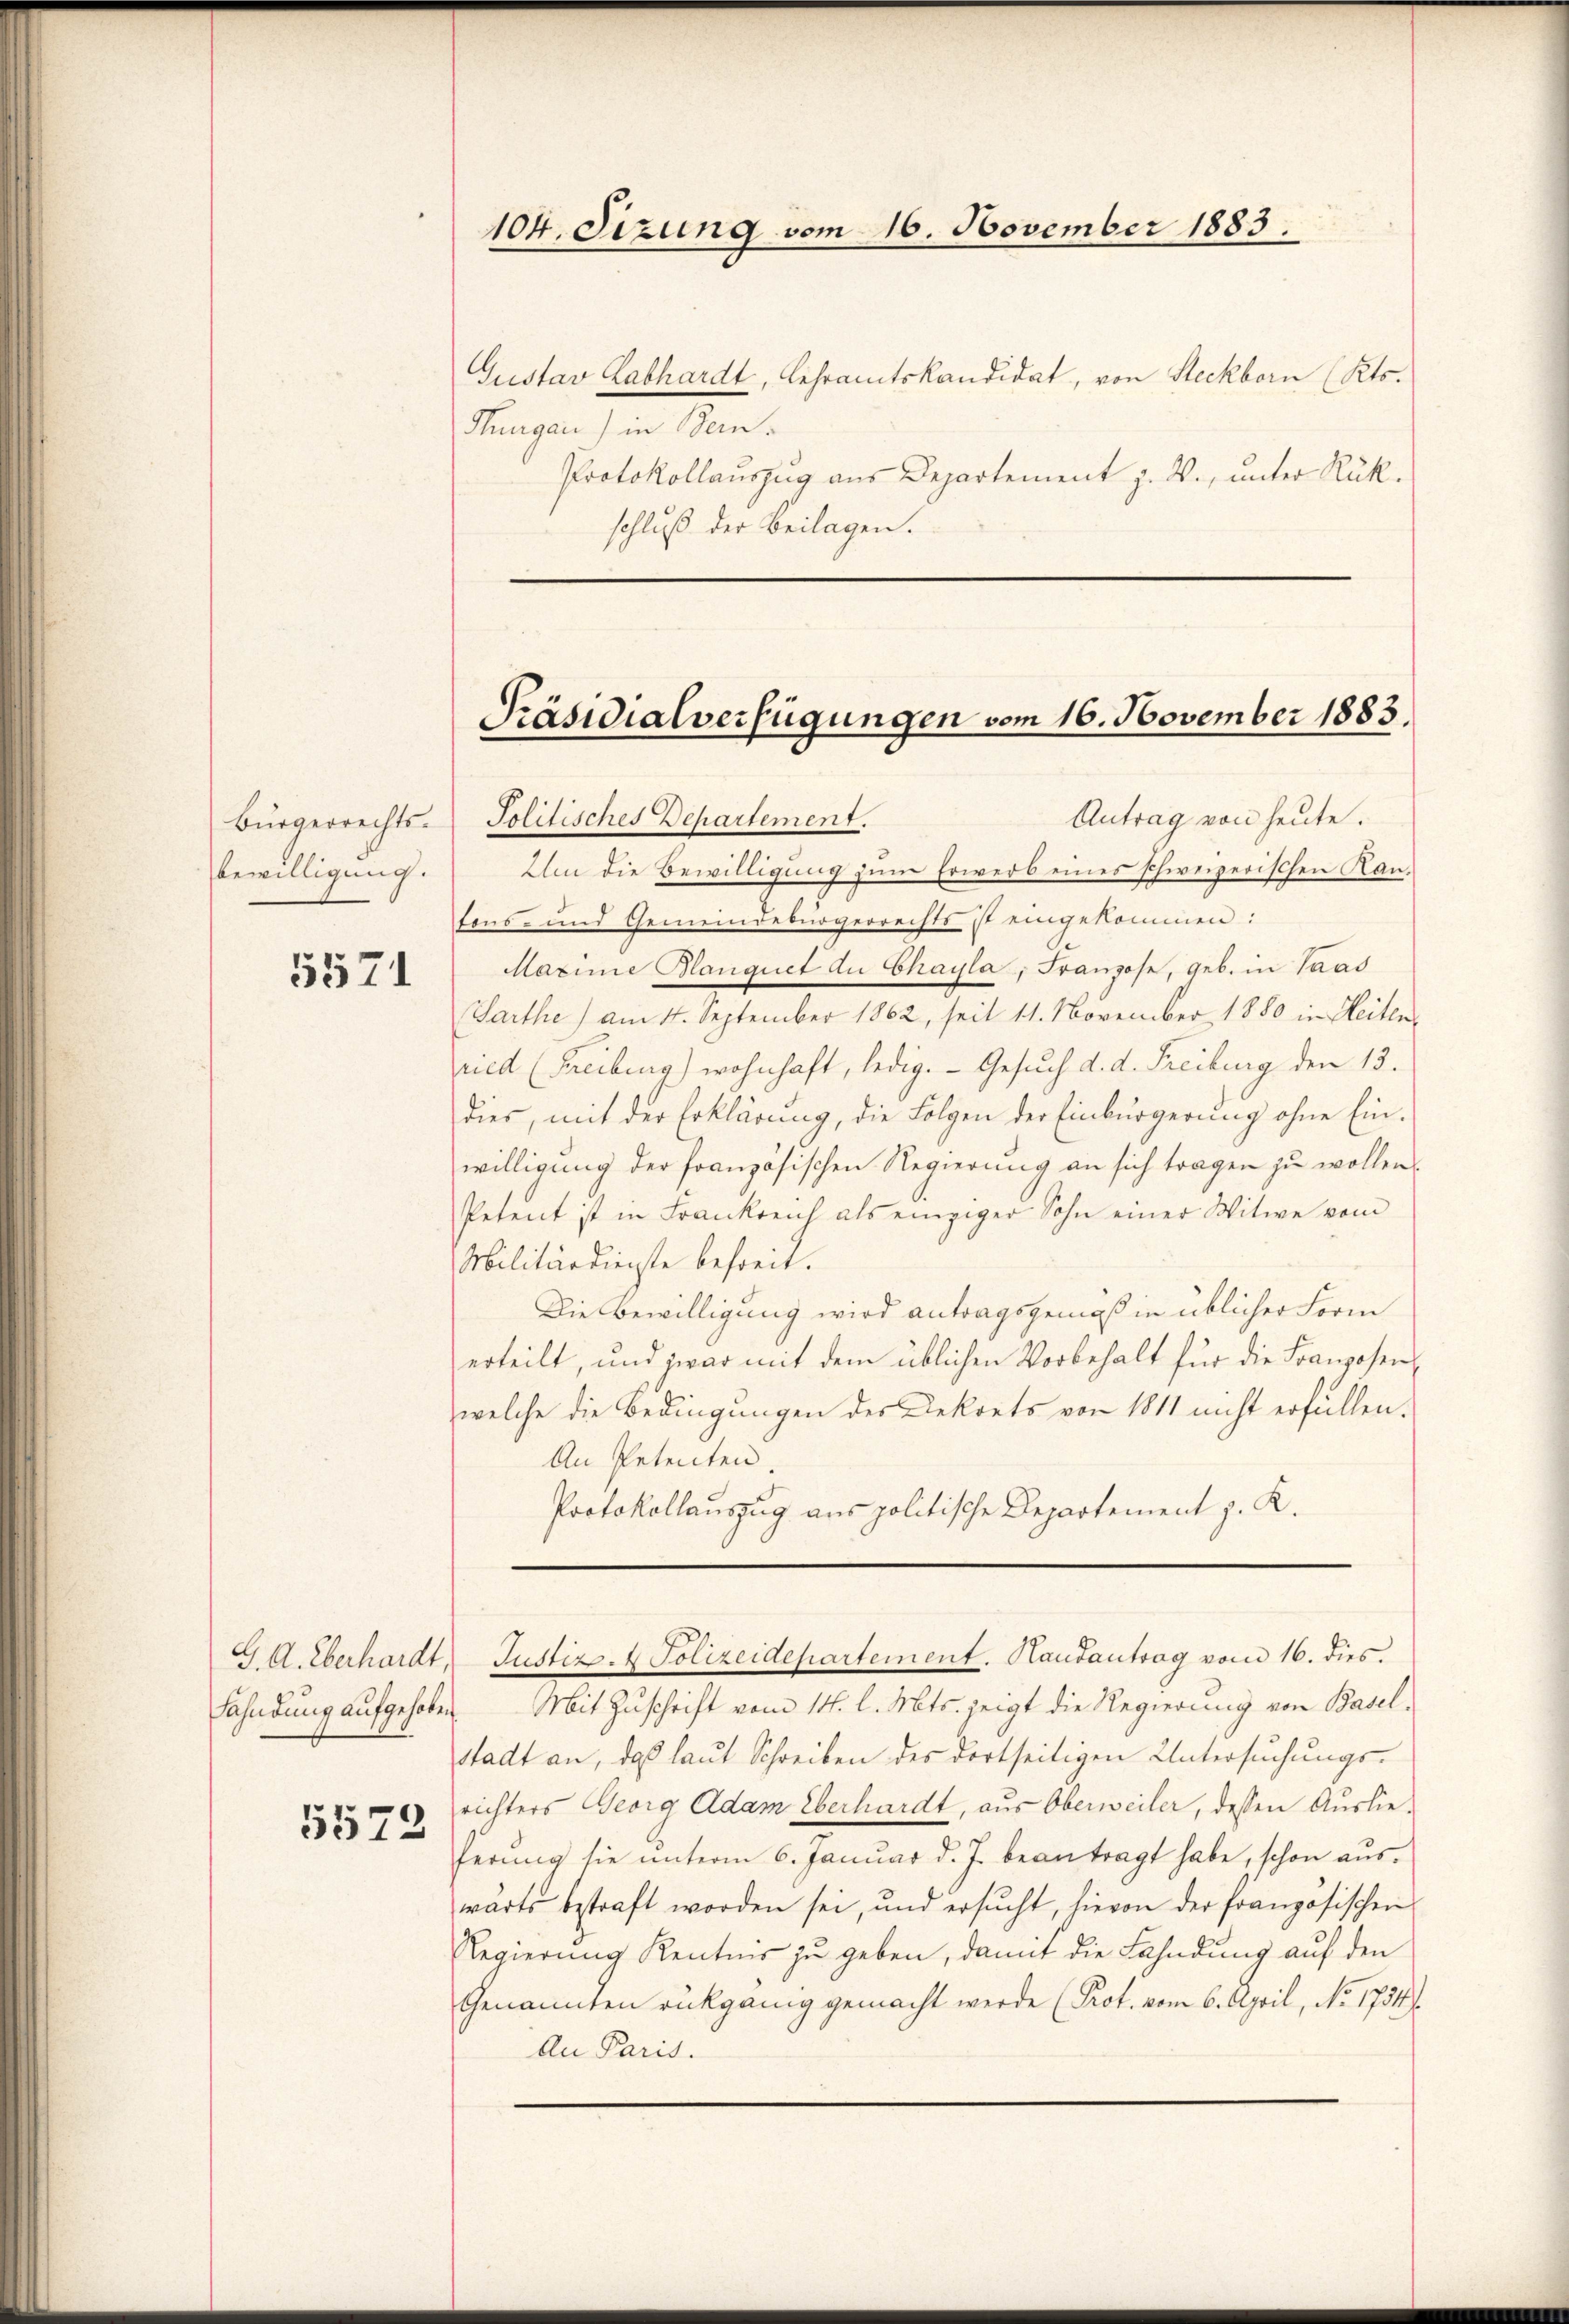
bewilligung.

5571

G. A. Eberhardt

5572

104. Sizung vom 16. November 1883.

Gustav Labhardt, Lehramtskandidat, von Steckborn (Kts.
Thurgau) in Bern.
Protokollauszug aus Departement z. W., unter Rükschluß der Beilagen.

Elen die Bewilligung zum Erwerb eines schweizerischen Kantons- und Gemeindebürgerrechts ist eingekommen:
Maxime Blanguet du Chayla, Franzose, geb. in Paad
Sarthe) am 4. September 1862, seit 11. November 1880 in Heitenried (Freiburg) wohnhaft, ledig. Gesuch d. d. Freiburg den 13.
dies, mit der Erklärung, die Folgen der Einbürgerung ohne Einwilligung der französischen Regierung an sich tragen zu wollen.
Petent ist in Frankreich als einziger Sohn einer Witwe vom
Militärdienste befreit.
Die Bewilligung wird antragsgemäß in üblicher Form
erteilt, und zwar mit dem üblichen Vorbehalt für die Franzosen
welche die Bedingungen des Dekrets von 1811 nicht erfüllen.
An Petenten.
Protokollauszug aus politische Departement z. K.

Präsidialverfügungen vom 16. November 1883.
Antrag von heute.
Bürgerrechts- Politisches Departement.

Fahndung aufgehoben. Mit Zuschrift vom 14. l. Mts. zeigt die Regierung von Basel-
stadt an, daß laut Schreiben des dortseitigen Untersuchungs-
richters Georg Adam Überhardt, aus Oberweiler, dessen Auslieherŭng sie ŭnterm 6. Januar d. J. beantragt habe, schon aŭs-
wärts bestraft worden sei, und ersŭcht, hievon der französischen
Regierung Kentnis zu geben, damit die Fahndung auf den
Genannten rückgänig gemacht werde (Prot. vom 6. April, No. 1754/
An Paris.

Justiz. Polizeidepartement. Hautantrag vom 16. dies.